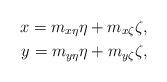
LaTeX: \begin{align*} x = m_{x\eta} \eta + m_{x\zeta} \zeta , \\ y = m_{y\eta} \eta + m_{y\zeta} \zeta,\end{align*}